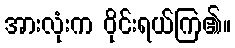
အားလုံးက ဝိုင်းရယ်ကြ၏။